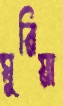
ঘুরিয়া